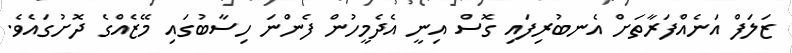
ޒަލަފް އަނެއްފަރާތަށް އެނބުރިފައި ގޮސް އިނީ އެދެމީހުން ފެންނަ ހިސާބުގައި މޭޒެއްގެ ދޮށުގައެވެ.